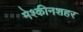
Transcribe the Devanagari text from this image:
मेश्कीनशहर